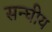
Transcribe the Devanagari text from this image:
सन्घीय